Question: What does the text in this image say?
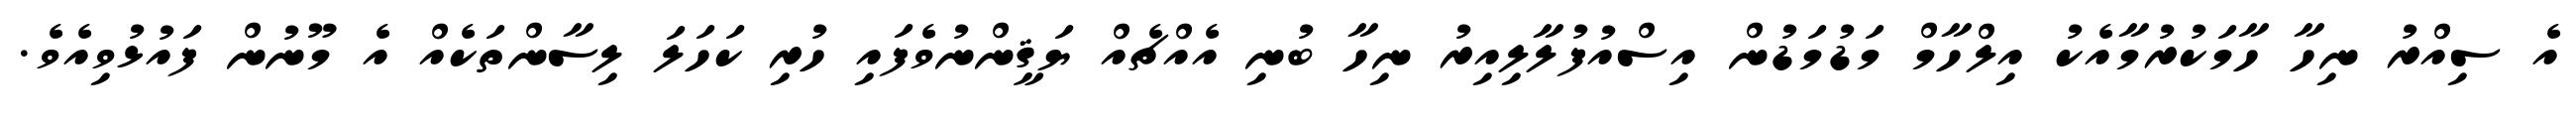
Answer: އެ ސިއްރު ނިހާ ހާމަކުރުމާއެކު އިލްހާމް މަޑުމަޑުން އިސްއުފުލާލިއިރު ނިހާ ބުނި އެއްޗެއް ޔަޤީންނުވެފައި ހުރި ކަހަލަ ލިސާންތަކެއް އެ މޫނުން ފައުޅުވިއެވެ.